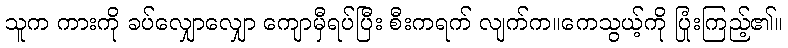
သူက ကားကို ခပ်လျှောလျှော ကျောမှီရပ်ပြီး စီးကရက် လျက်က။ကေသွယ့်ကို ပြုံးကြည့်၏။